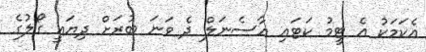
އެކަމަކު އެ ޓީމު ކަޓައި އާސެނަލް ދެ ވަނަ ބުރަށް ދިޔައީ ގޯލުގެ